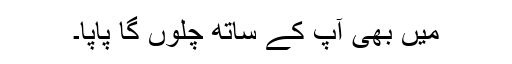
میں بھی آپ کے ساتھ چلوں گا پاپا۔